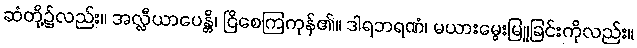
ဆံတို့၌လည်း။ အလ္လီယာပေန္တိ၊ ငြိစေကြကုန်၏။ ဒါရဘရဏံ၊ မယားမွေးမြူခြင်းကိုလည်း။